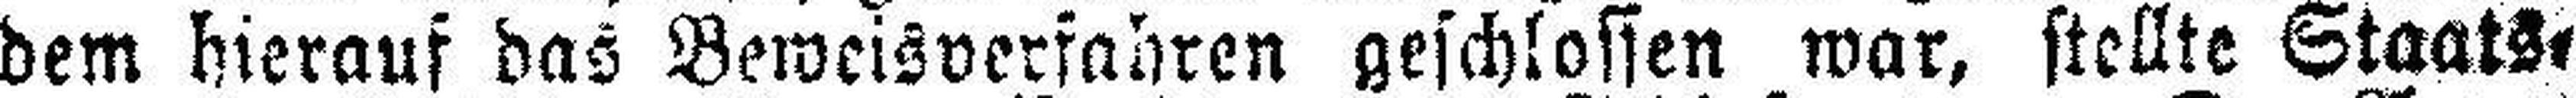
dem hierauf das Beweisverfahren geschlossen war, stellte Staats¬